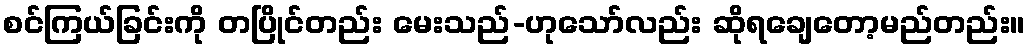
စင်ကြယ်ခြင်းကို တပြိုင်တည်း မေးသည်-ဟုသော်လည်း ဆိုရချေတော့မည်တည်း။